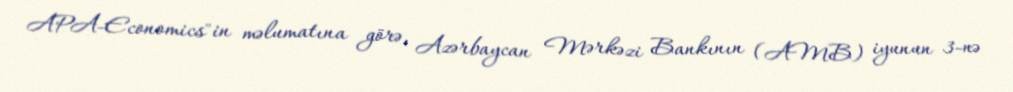
APA-Economics"in məlumatına görə, Azərbaycan Mərkəzi Bankının (AMB) iyunun 3-nə